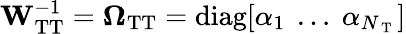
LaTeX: \mathbf{W}_{\mathrm{TT}}^{-1}=\mathbf{\Omega}_{\mathrm{TT}}=\mathrm{diag}[\alpha_{1}\ \dots\ \alpha_{N_{\mathrm{~T~}}}]